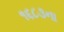
૧૬૮૩ના